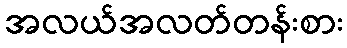
အလယ်အလတ်တန်းစား